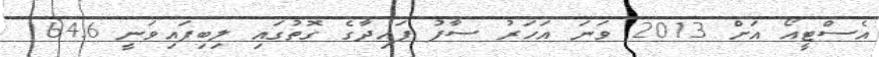
އެސްޓީއޯ އަށް 2013 ވަނަ އަހަރު ސާފު ފައިދާގެ ގޮތުގައި ލިބިފައިވަނީ 164.6